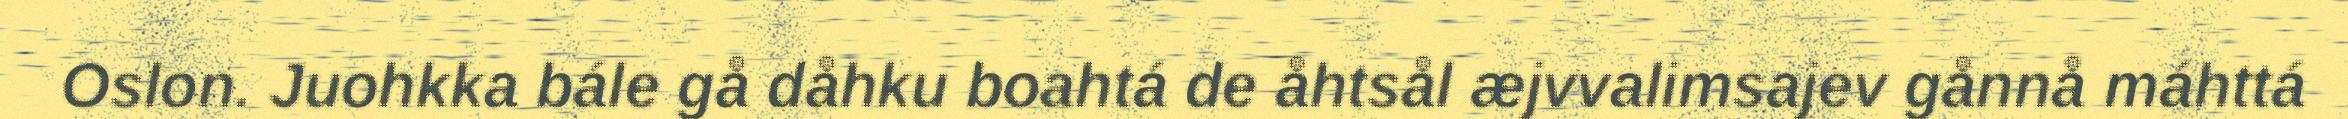
Oslon. Juohkka bále gå dåhku boahtá de åhtsål æjvvalimsajev gånnå máhttá